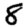
Digit: 8